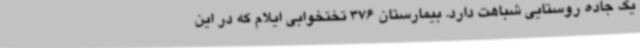
یک جاده روستایی شباهت دارد. بیمارستان 376 تختخوابی ایلام که در این